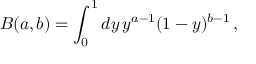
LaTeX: B ( a , b ) = \int _ { 0 } ^ { 1 } d y \, y ^ { a - 1 } ( 1 - y ) ^ { b - 1 } \, ,